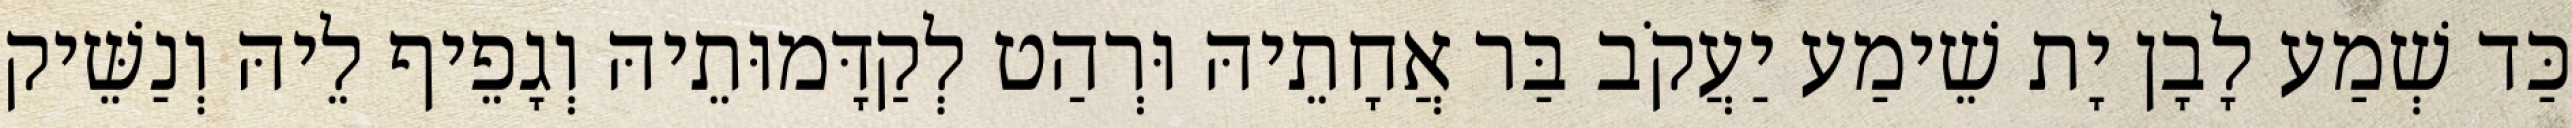
כַּד שְׁמַע לָבָן יָת שֵׁימַע יַעֲקֹב בַּר אֲחָתֵיהּ וּרְהַט לְקַדָּמוּתֵיהּ וְגָפֵיף לֵיהּ וְנַשֵּׁיק